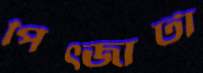
পিত্জাটা